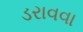
ડરાવવા